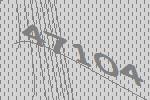
47104